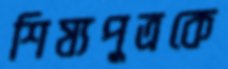
শিষ্যপুত্রকে